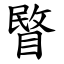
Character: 睯